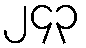
၂၄၃